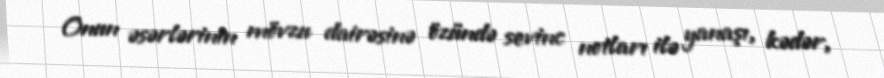
Onun əsərlərinin mövzu dairəsinə özündə sevinc notları ilə yanaşı, kədər,